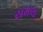
યમલા